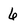
Character: 6